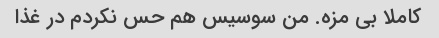
کاملا بی مزه. من سوسیس هم حس نکردم در غذا